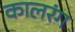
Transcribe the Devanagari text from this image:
कालरंग